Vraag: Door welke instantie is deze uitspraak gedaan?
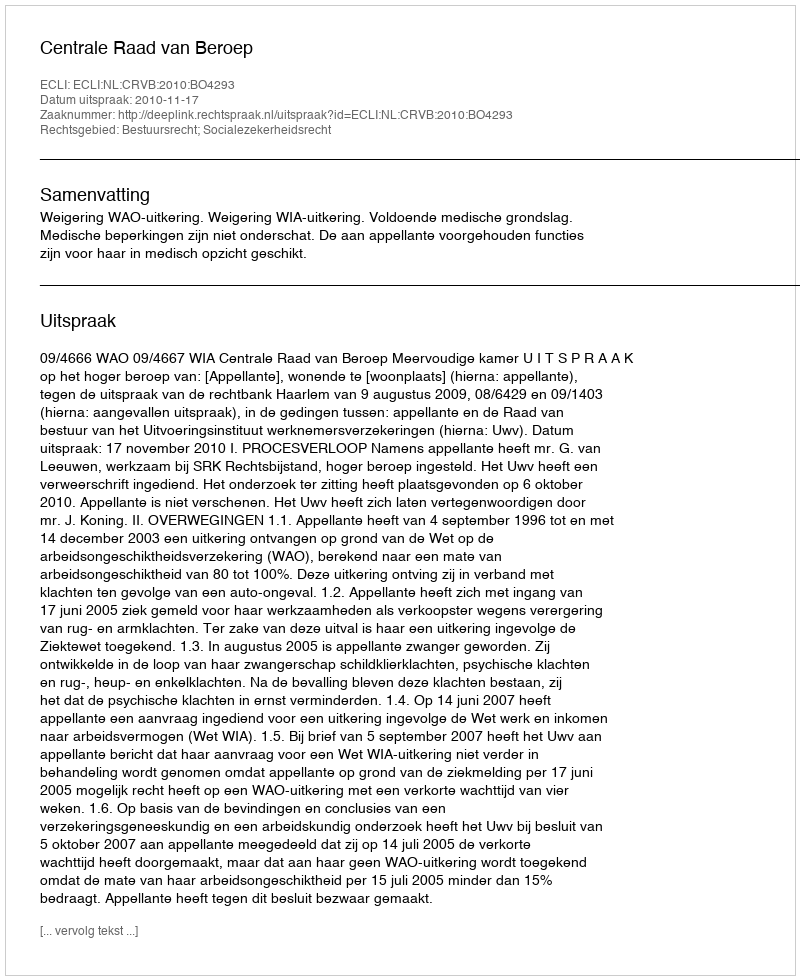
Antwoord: Centrale Raad van Beroep